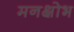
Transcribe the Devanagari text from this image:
मनक्षोभ